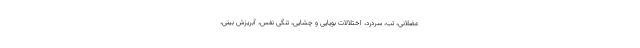
عضلانی، تب، سردرد، اختلالات بویایی و چشایی، تنگی نفس، آبریزش بینی،